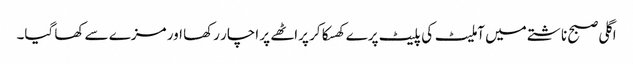
اگلی صبح ناشتے میں آملیٹ کی پلیٹ پرے کھسکا کر پراٹھے پر اچار رکھا اور مزے سے کھا گیا۔